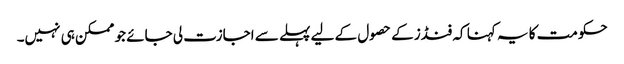
حکومت کا یہ کہنا کہ فنڈز کے حصول کے لیے پہلے سے اجازت لی جائے جو ممکن ہی نہیں۔